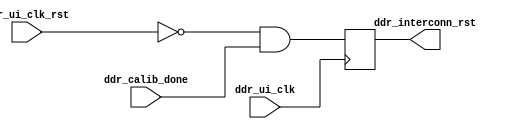
module ResetGenerator(
    input ddr_ui_clk,
    input ddr_ui_clk_rst,   // active high
    input ddr_calib_done,   // high after DDR calibration
    output reg ddr_interconn_rst
);

    always @(posedge ddr_ui_clk) begin
        ddr_interconn_rst <= ~ddr_ui_clk_rst && ddr_calib_done;
    end

endmodule